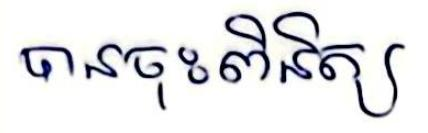
បានចុះពិនិត្យ